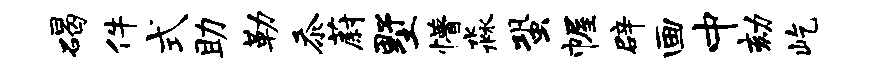
碣件式助勒忝蔚墅懵淼蛩幄辟画中劾屹